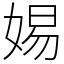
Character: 㛫